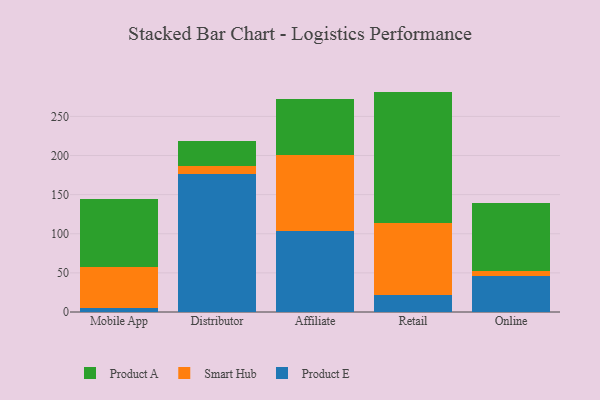
{"axis": {"x": "Channel", "y": "Conversion Rate (%)"}, "legend": ["Product A", "Product E", "Smart Hub"], "data": [{"x": "Mobile App", "y": 5.1, "type": "Product E"}, {"x": "Mobile App", "y": 51.8, "type": "Smart Hub"}, {"x": "Mobile App", "y": 87.2, "type": "Product A"}, {"x": "Distributor", "y": 176.6, "type": "Product E"}, {"x": "Distributor", "y": 9.9, "type": "Smart Hub"}, {"x": "Distributor", "y": 31.7, "type": "Product A"}, {"x": "Affiliate", "y": 103.2, "type": "Product E"}, {"x": "Affiliate", "y": 98.1, "type": "Smart Hub"}, {"x": "Affiliate", "y": 70.4, "type": "Product A"}, {"x": "Retail", "y": 21.5, "type": "Product E"}, {"x": "Retail", "y": 92.3, "type": "Smart Hub"}, {"x": "Retail", "y": 167.9, "type": "Product A"}, {"x": "Online", "y": 45.4, "type": "Product E"}, {"x": "Online", "y": 6.5, "type": "Smart Hub"}, {"x": "Online", "y": 87.7, "type": "Product A"}]}